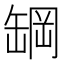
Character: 罁